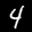
Label: 4